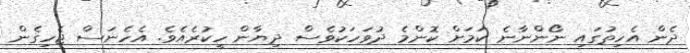
ދެން އެހިތުގައި ނޯންނާނެ ކަމަށް ކޮންމެ ދުވަހަކުވެސް ދިޔާން ހީކުރެއެވެ. އެހެނަސް ޖެހިގެން